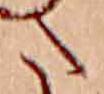
た